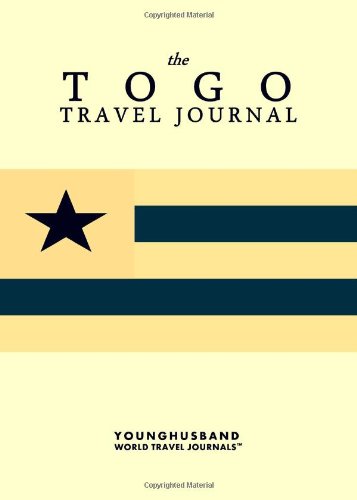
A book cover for The Togo Travel Journal; Younghusband World Travel Journals; Travel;